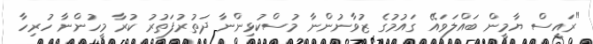
"ރައީސް ޔާމީން ބައްލަވައޭ ގައުމުގެ ޒުވާނުންނާ މުސްކުޅިންނާ ދަތުރުފަތުރު ކުރާ މީހުންނާ ހުރިހާ